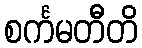
စင်္ကမတီတိ